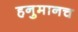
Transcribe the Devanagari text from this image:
हनुमानच